Annual administration report of the Civil Veterinary Department of India - 1895-1896
Year: 1895
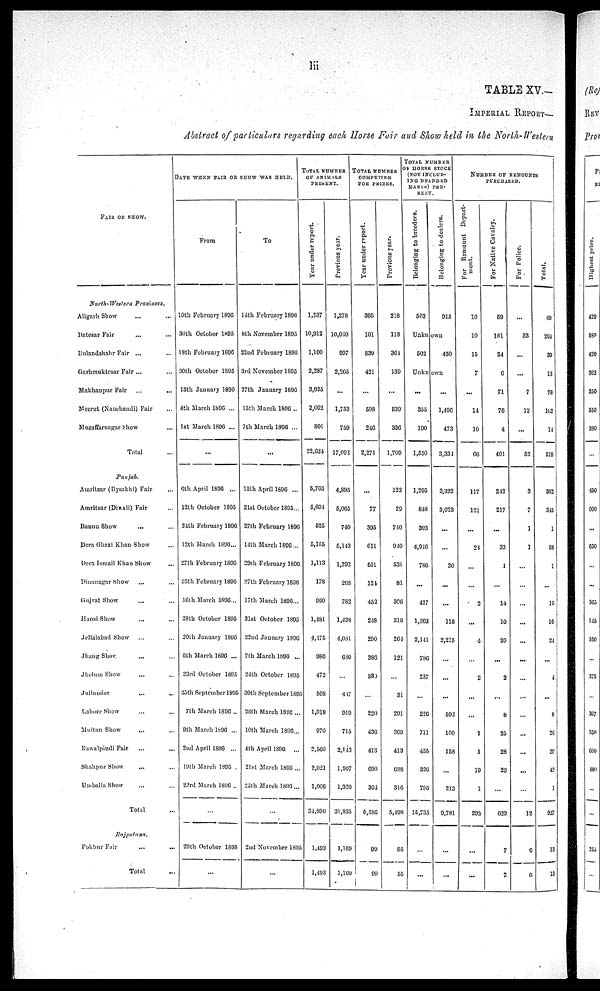
lii
TABLE XV.—
IMPERIAL REPORT—
Abstract of particulars regarding each Horse Fair and Show held in the North-Western
FAIR OR SHOW.
North-Wettern
Provinces.
Aligarh Show ... ...
Batesar Fair ... ...
Bulandshahr Fair ... ...
Garhmuktesar Fair ... ...
Makhanpur Fair ... ...
Meerut (Nauchandi) Fair ...
Muzaffarnagar Show ...
Total ...
Punjab.
Amritsar (Bysakhi) Fair ...
Amritsar (Disali) Fair ...
Bannu Show ... ...
Dera Ghazi Khan Show ...
Dera Ismail Khan Show ...
Dinanagar Show
...
...
Gujrat Show ... ...
Hansi Show
...
...
Jellalabad Show ... ...
Jhang Show ... ...
Jhelum Show ... ...
Jullunder
...
...
Lahore Show ... ...
Multan Show ... ...
Rawalpindi Fair ... ...
Shahpur Show ... ...
Umballa Show ... ...
Total ...
Rajputana.
Pokhur Fair
...
...
Total ...
DATE WHEN FAIR OR SHOW WAS HELD.
From
10th February 1896
30th October 1895
18th February 1808
30th October 1895
13th January 1896
8th March 1800 ...
1st March 1896 ...
...
6th April 1896 ...
13th October 1895
31th February 1800
12th March 189S...
27th February 1896
'20th February 1890
16th March 1896...
28th October 1S95
20th January 1896
6th March 1896 ...
23rd October 1895
23th September 1805
7th March 1800...
9th March 1896 ...
2nd April 1896 ...
19th March 1896 .
23rd March 1896 ...
...
29th October 1895
...
To
14th February 1896
8th November 1895
22nd February 1896
3rd November 1895
27th January 1896
15th March 1896 ..
7th March 1896 ...
...
15th April 1896 ...
21st October 1895...
27th February 1896
14th March 1896 ...
29th February 1896
27th February 1896
17th March 1896 ...
31st October 1895
22nd January 1896
7th March 1896 ...
24th October 1895
30th September 1895
28th March 1896 ...
10th March 1896...
4th April 1896 ...
21st March 1896 ...
25th March 1896 ...
...
2nd November 1895
...
TOTAL NUMBER
OF ANIMALS
PRESENT.
Year under report.
1,537
10,912
1,100
2,287
3,925
2,962
801
22,624
5,766
5,694
525
5,155
1,113
178
960
1,481
4,475
986
472
508
1,018
970
2,560
2,021
1,008
34,890
1,493
1,493
Previous year.
1,278
10,040
997
2,265
...
1,753
759
17,092
4,895
5,065
740
5,143
1,292
268
782
1,438
4,081
680
...
447
919
715
2,143
1,907
1,320
31,835
1,169
1,100
TOTAL
NUMBER
COMPETING
FOR
PRIZES.
Year
under report.
366
101
539
421
...
598
246
2,271
...
77
395
611
551
124
452
248
290
386
389
...
220
436
413
690
304
5,586
99
99
Previous year.
218
113
361
139
...
539
336
1,709
122
29
740
940
531
81
306
316
264
121
...
31
291
309
413
688
316
5,498
55
55
TOTAL NUMBER
OF HORSE STOCK
(NOT INCI.UD¬
ING
BRANDED
MARES) PRE¬
SENT.
Belonging to breeders.
503
Belonging to dealers.
915
Unknown
502
450
Unknown
...
355
190
1,550
1,295
848
393
4,946
786
...
427
1,363
2,141
786
237
...
226
711
455
326
795
15,735
...
...
...
1,496
473
3,334
3,322
3,023
...
...
30
...
...
118
2,225
...
...
...
592
100
158
...
213
9,781
...
...
NUMBER OF REMOUNTS
PURCHASED.
For Remount Depart-
ment.
10
10
15
7
...
14
10
66
117
121
...
24
...
...
2
...
4
...
2
...
...
1
1
19
1
292
...
...
For Native Cavalry.
59
161
24
6
71
76
4
401
242
217
...
33
1
...
14
10
20
...
2
...
8
25
28
23
...
623
7
7
For Police.
...
33
...
...
7
12
...
52
3
7
1
1
...
...
...
...
...
...
...
...
...
...
...
...
...
12
6
6
Total.
69
204
39
13
78
102
14
519
362
345
1
58
1
...
16
10
24
...
4
...
8
26
29
42
1
927
13
13